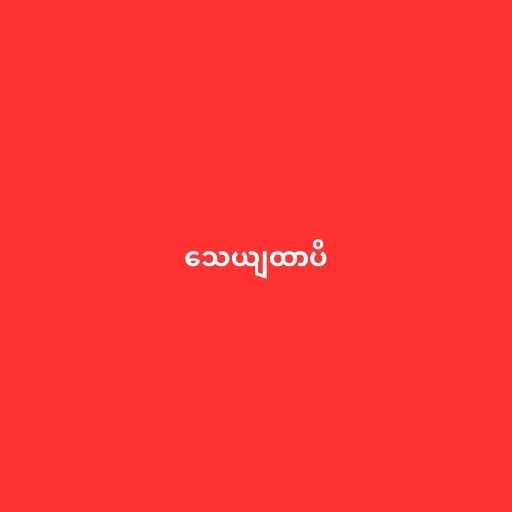
သေယျထာပိ